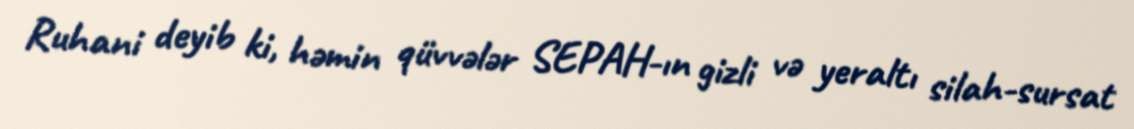
Ruhani deyib ki, həmin qüvvələr SEPAH-ın gizli və yeraltı silah-sursat